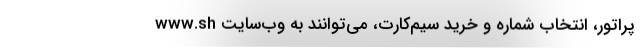
پراتور، انتخاب شماره و خرید سیم‌کارت، می‌توانند به وب‌سایت www.sh